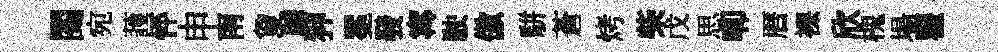
閲宛䕶怦申南夐聴狎冕發𡩋駛傲駢蒼烤柴戊思唧暦裸欣槐場瞿